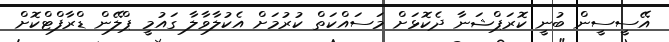
އޭސީސީން ބުނީ ކޮރަޕްޝަނާ ދެކޮޅަށް މަސައްކަތް ކުރުމަށް އެކުލާވާލާ ގައުމީ ޕްލޭން ޑްރާފްޓްކޮށް